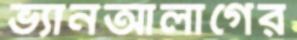
ভ্যানআলাগের